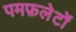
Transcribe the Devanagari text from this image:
पमफ़लेटों